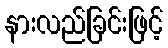
နားလည်ခြင်းဖြင့်